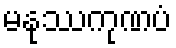
မနုဿကုဏပံ